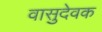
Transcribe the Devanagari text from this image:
वासुदेवक